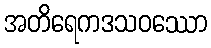
အတိရေကဒသဝဿော